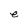
Character: e